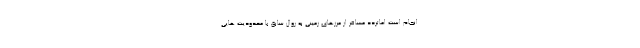
انجام است اماتردد مسافر از مرزهای زمینی به روال سابق با محدودیت هایی